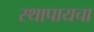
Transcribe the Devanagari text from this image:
स्थापायचा